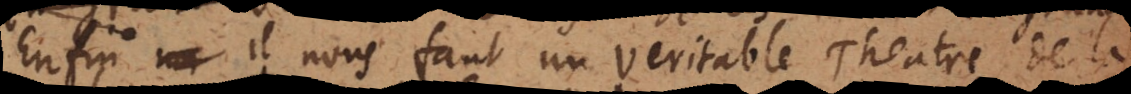
Enfin il nous faut un veritable Theatre de